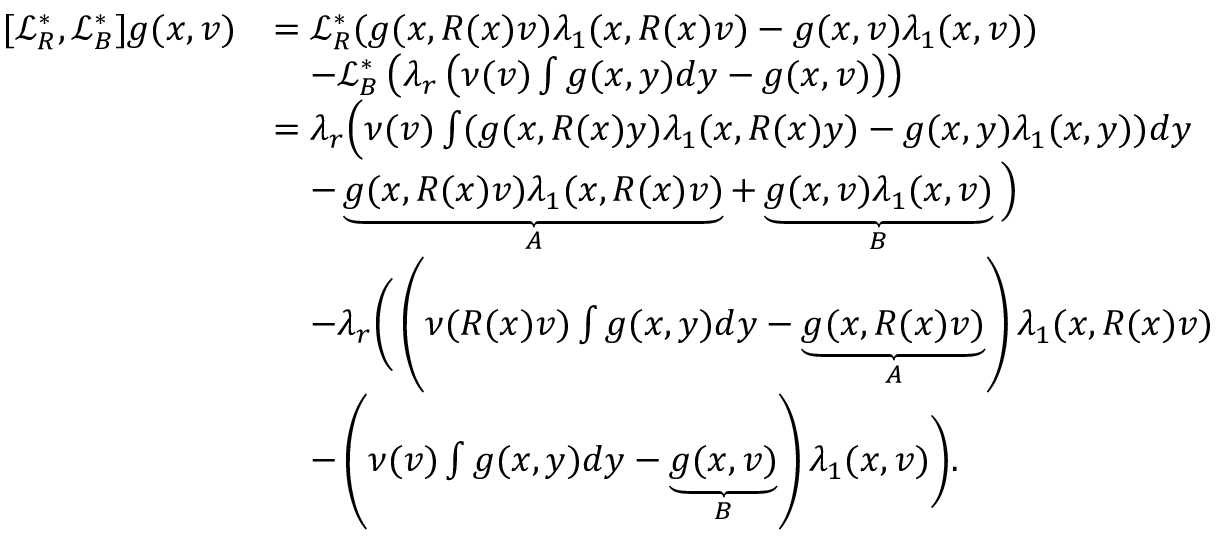
\begin{array} { r l } { [ \mathcal { L } _ { R } ^ { * } , \mathcal { L } _ { B } ^ { * } ] g ( x , v ) } & { = \mathcal { L } _ { R } ^ { * } ( g ( x , R ( x ) v ) \lambda _ { 1 } ( x , R ( x ) v ) - g ( x , v ) \lambda _ { 1 } ( x , v ) ) } \\ & { \quad - \mathcal { L } _ { B } ^ { * } \left( \lambda _ { r } \left( \nu ( v ) \int g ( x , y ) d y - g ( x , v ) \right) \right) } \\ & { = \lambda _ { r } \Big ( \nu ( v ) \int ( g ( x , R ( x ) y ) \lambda _ { 1 } ( x , R ( x ) y ) - g ( x , y ) \lambda _ { 1 } ( x , y ) ) d y } \\ & { \quad - \underbrace { g ( x , R ( x ) v ) \lambda _ { 1 } ( x , R ( x ) v ) } _ { A } + \underbrace { g ( x , v ) \lambda _ { 1 } ( x , v ) } _ { B } \Big ) } \\ & { \quad - \lambda _ { r } \Bigg ( \left( \nu ( R ( x ) v ) \int g ( x , y ) d y - \underbrace { g ( x , R ( x ) v ) } _ { A } \right) \lambda _ { 1 } ( x , R ( x ) v ) } \\ & { \quad - \left( \nu ( v ) \int g ( x , y ) d y - \underbrace { g ( x , v ) } _ { B } \right) \lambda _ { 1 } ( x , v ) \Bigg ) . } \end{array}